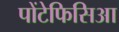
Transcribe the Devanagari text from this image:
पोंटेफिसिआ